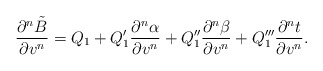
\begin{align*} \frac{\partial^n\tilde{B}}{\partial v^n}=Q_1+Q_1'\frac{\partial^n\alpha}{\partial v^n}+Q_1''\frac{\partial^n\beta}{\partial v^n}+Q_1'''\frac{\partial^nt}{\partial v^n}.\end{align*}